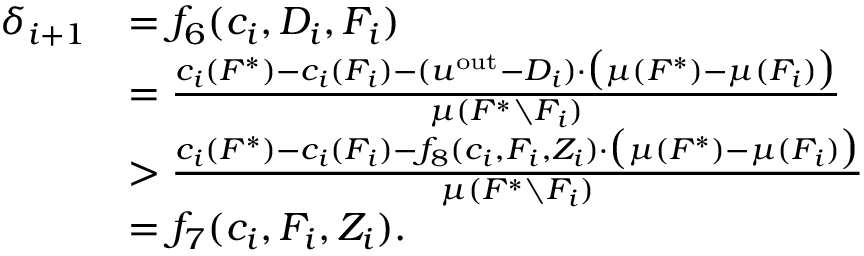
\begin{array} { r l } { \delta _ { i + 1 } } & { = f _ { 6 } ( c _ { i } , D _ { i } , F _ { i } ) } \\ { } & { = \frac { c _ { i } ( F ^ { * } ) - c _ { i } ( F _ { i } ) - ( u ^ { \mathrm { o u t } } - D _ { i } ) \cdot \big ( \mu ( F ^ { * } ) - \mu ( F _ { i } ) \big ) } { \mu ( F ^ { * } \setminus F _ { i } ) } } \\ { } & { > \frac { c _ { i } ( F ^ { * } ) - c _ { i } ( F _ { i } ) - f _ { 8 } ( c _ { i } , F _ { i } , Z _ { i } ) \cdot \big ( \mu ( F ^ { * } ) - \mu ( F _ { i } ) \big ) } { \mu ( F ^ { * } \setminus F _ { i } ) } } \\ { } & { = f _ { 7 } ( c _ { i } , F _ { i } , Z _ { i } ) . } \end{array}